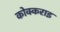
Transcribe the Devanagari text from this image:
कोक्कराइ